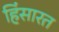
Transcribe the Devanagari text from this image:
हिंसारत